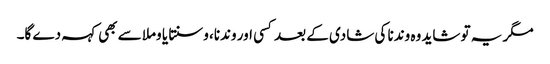
مگر یہ تو شاید وہ وندنا کی شادی کے بعد کسی اور وندنا، وسنتا یا وملا سے بھی کہہ دے گا۔